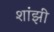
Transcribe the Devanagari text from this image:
शांझी